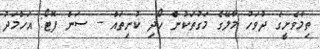
ތިމާވެށީގެ ދުވަހު މާލޭގެ މަގުތަކުން ހޯދި ކުނިތައް -- ސަން ފޮޓޯ: އަހްމަދު